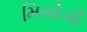
મિસોગી